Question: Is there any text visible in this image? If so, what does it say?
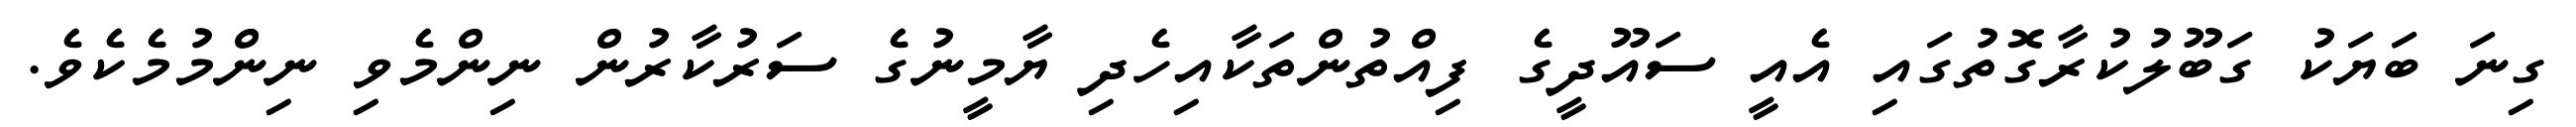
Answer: ގިނަ ބަޔަކު ގަބޫލުކުރާގޮތުގައި އެއީ ސައޫދީގެ ފިއްތުންތަކާއިހެދި ޔާމީނުގެ ސަރުކާރުން ނިންމެވި ނިންމުމެކެވެ.